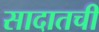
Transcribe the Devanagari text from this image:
सादातची